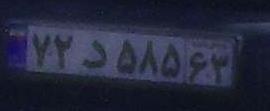
۷۲د۵۸۵۶۳